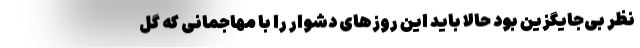
نظر بی‌جایگزین بود حالا باید این روزهای دشوار را با مهاجمانی که گل